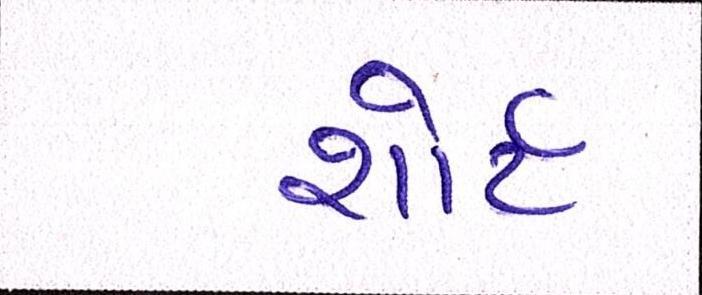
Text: શોર્ટ